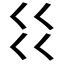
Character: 𰀱